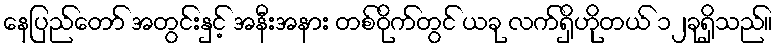
နေပြည်တော် အတွင်းနှင့် အနီးအနား တစ်ဝိုက်တွင် ယခု လက်ရှိဟိုတယ် ၁၂ခုရှိသည်။